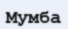
Мумба